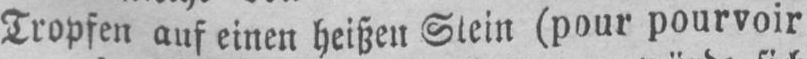
Tropfen auf einen heißen Stein (pour pourvoir